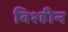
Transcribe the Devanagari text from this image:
बिश्हीन